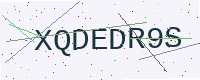
Text: XQDEDR9S